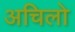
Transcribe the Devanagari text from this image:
अचिलो